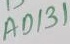
Text: AD131